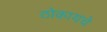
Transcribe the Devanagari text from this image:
ठोकायचे